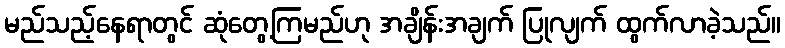
မည်သည့်နေရာတွင် ဆုံတွေ့ကြမည်ဟု အချိန်းအချက် ပြုလျက် ထွက်လာခဲ့သည်။